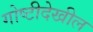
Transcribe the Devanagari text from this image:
गोष्टीदेखील